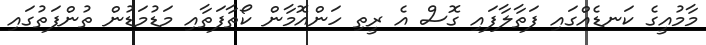
މާމުއީގެ ކަނޑެއްގައި ފަތާލާފައި ގޮސް އެ ރީތި ހަންއޮމާން ކޯތާފަތާއި މަޑުމަޑުން ތުންފަތުގައި